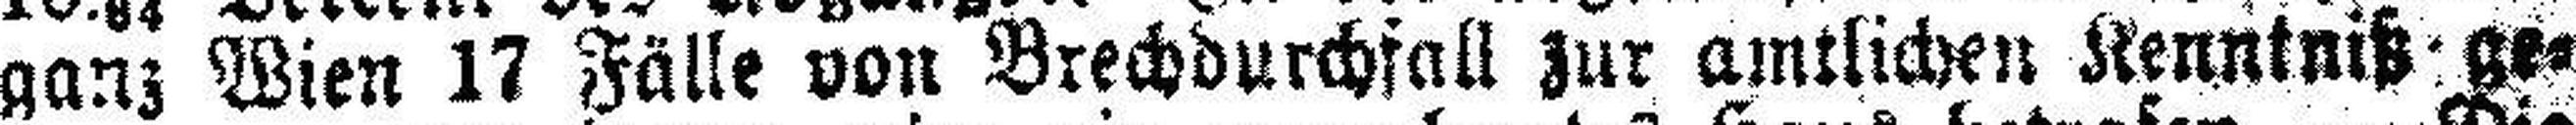
ganz Wien 17 Fälle von Brechdurchfall zur amtlichen Kenntniß ge¬